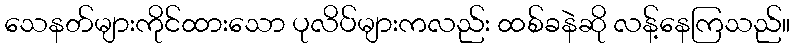
သေနတ်များကိုင်ထားသော ပုလိပ်များကလည်း ထစ်ခနဲဆို လန့်နေကြသည်။